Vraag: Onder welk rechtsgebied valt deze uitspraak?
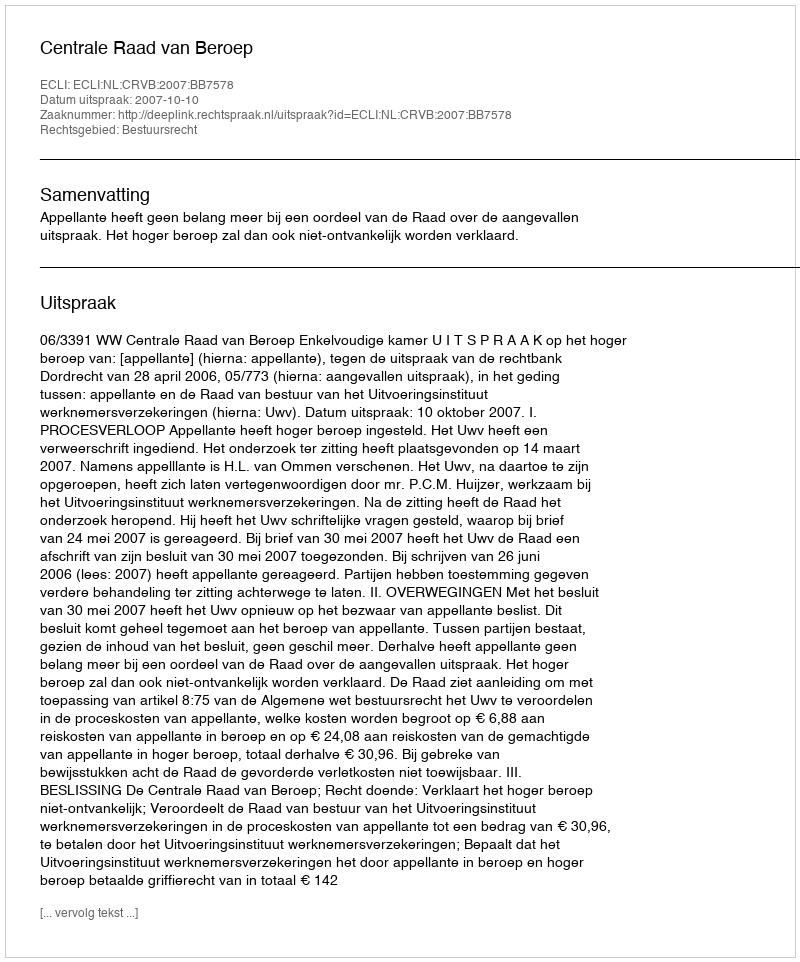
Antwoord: Bestuursrecht